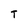
Character: T